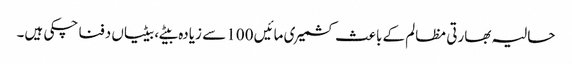
حالیہ بھارتی مظالم کے باعث کشمیری مائیں 100 سے زیادہ بیٹے، بیٹیاں دفنا چکی ہیں۔